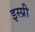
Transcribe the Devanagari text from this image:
इस्प्री